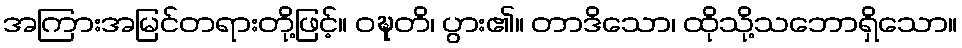
အကြားအမြင်တရားတို့ဖြင့်။ ဝဍ္ဎတိ၊ ပွား၏။ တာဒိသော၊ ထိုသို့သဘောရှိသော။